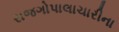
રાજગોપાલાચારીના